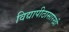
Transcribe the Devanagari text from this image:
विद्यापीठासारखी